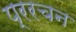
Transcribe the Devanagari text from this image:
प्ररचन